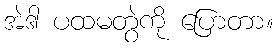
အဲဒါ ပထမတွဲကို ပြောတာ။